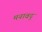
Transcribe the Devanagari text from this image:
मनावदु